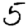
Digit: 5